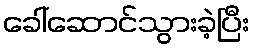
ခေါ်ဆောင်သွားခဲ့ပြီး